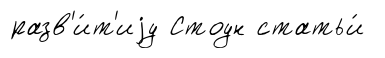
разв'и́т'иjу Стоун статьи́